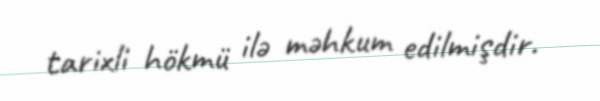
tarixli hökmü ilə məhkum edilmişdir.